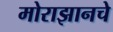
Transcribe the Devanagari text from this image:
मोराझानचे